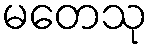
မတေသု